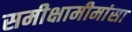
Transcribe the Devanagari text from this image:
समीक्षामीमांसा